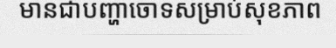
មានជាបញ្ហាចោទសម្រាប់សុខភាព